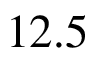
1 2 . 5